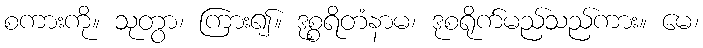
စကားကို။ သုတွာ၊ ကြား၍။ ဒုစ္စရိတံနာမ၊ ဒုစရိုက်မည်သည်ကား။ မေ၊